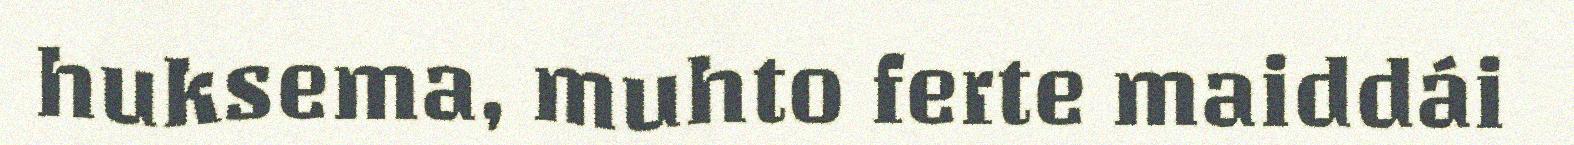
huksema, muhto ferte maiddái